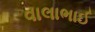
વાલાભાઈ